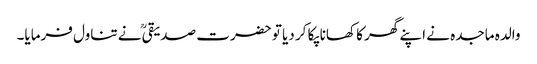
والدہ ماجدہ نے اپنے گھر کا کھانا پکا کر دیا تو حضرت صدیقیؒ نے تناول فرمایا۔